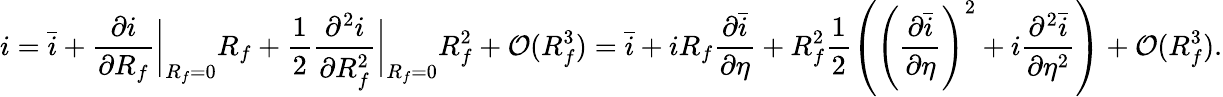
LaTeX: i=\bar{i}+\frac{\partial i}{\partial R_{f}}\bigg\lvert_{R_{f}=0}R_{f}+\frac{1}{2}\frac{\partial^{2}i}{\partial R_{f}^{2}}\bigg\lvert_{R_{f}=0}R_{f}^{2}+\mathcal{O}(R_{f}^{3})=\bar{i}+iR_{f}\frac{\partial\bar{i}}{\partial\eta}+R_{f}^{2}\frac{1}{2}\left(\left(\frac{\partial\bar{i}}{\partial\eta}\right)^{2}+i\frac{\partial^{2}\bar{i}}{\partial\eta^{2}}\right)+\mathcal{O}(R_{f}^{3}).